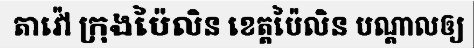
តាវ៉ៅ ក្រុងប៉ៃលិន ខេត្តប៉ៃលិន បណ្តាលឲ្យ